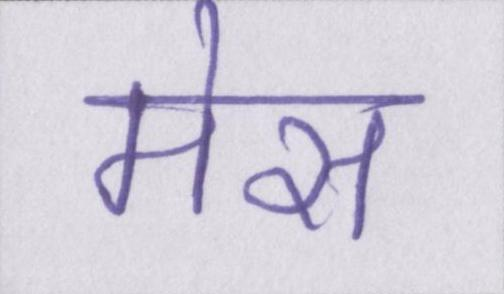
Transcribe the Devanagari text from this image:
मेस